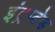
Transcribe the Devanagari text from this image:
इंट्रप्टेड